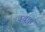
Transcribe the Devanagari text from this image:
ब्रुबुक्क